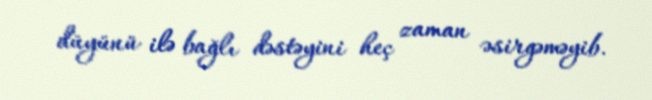
düyünü ilə bağlı dəstəyini heç zaman əsirgəməyib.